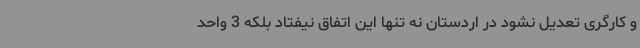
و کارگری تعدیل نشود در اردستان نه تنها این اتفاق نیفتاد بلکه 3 واحد